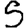
Digit: 5